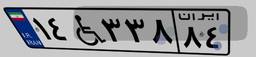
۲۳W۱۷۳۱۱